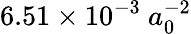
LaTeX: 6.51\times 10^{-3}\ a_{0}^{-2}